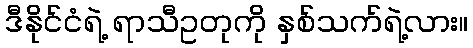
ဒီနိုင်ငံရဲ့ ရာသီဥတုကို နှစ်သက်ရဲ့လား။